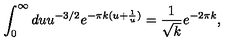
\int _ { 0 } ^ { \infty } d u u ^ { - 3 / 2 } e ^ { - \pi k ( u + \frac { 1 } { u } ) } = \frac { 1 } { \sqrt { k } } e ^ { - 2 \pi k } ,